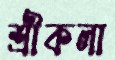
শ্রীকলা